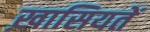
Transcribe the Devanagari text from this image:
ख़ासियतें